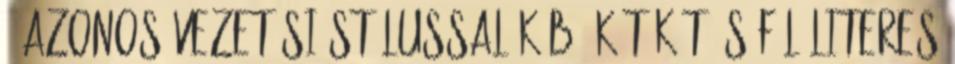
, azonos vezetési stílussal kábé két-két és fél literes